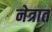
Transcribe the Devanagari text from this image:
नेत्रात